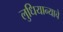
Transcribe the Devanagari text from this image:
लुधियान्याचे